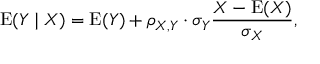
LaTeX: \operatorname { E } ( Y \mid X ) = \operatorname { E } ( Y ) + \rho _ { X , Y } \cdot \sigma _ { Y } { \frac { X - \operatorname { E } ( X ) } { \sigma _ { X } } } ,